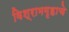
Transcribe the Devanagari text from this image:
विश्रामगृहाचे